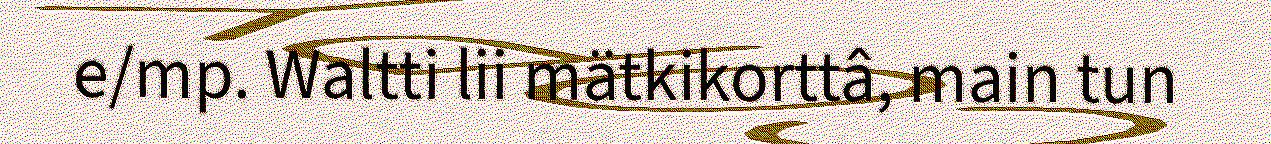
e/mp. Waltti lii mätkikorttâ, main tun